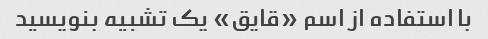
با استفاده از اسم «قایق» یک تشبیه بنویسید